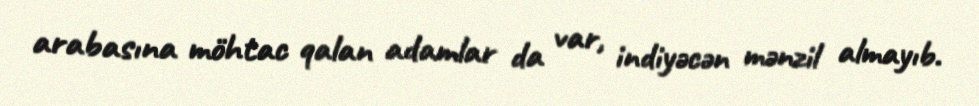
arabasına möhtac qalan adamlar da var, indiyəcən mənzil almayıb.